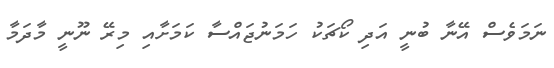
ނަމަވެސް އޭނާ ބުނީ އަދި ކޯޗަކު ހަމަނުޖައްސާ ކަމަށާއި މިރޭ ނޫނީ މާދަމާ